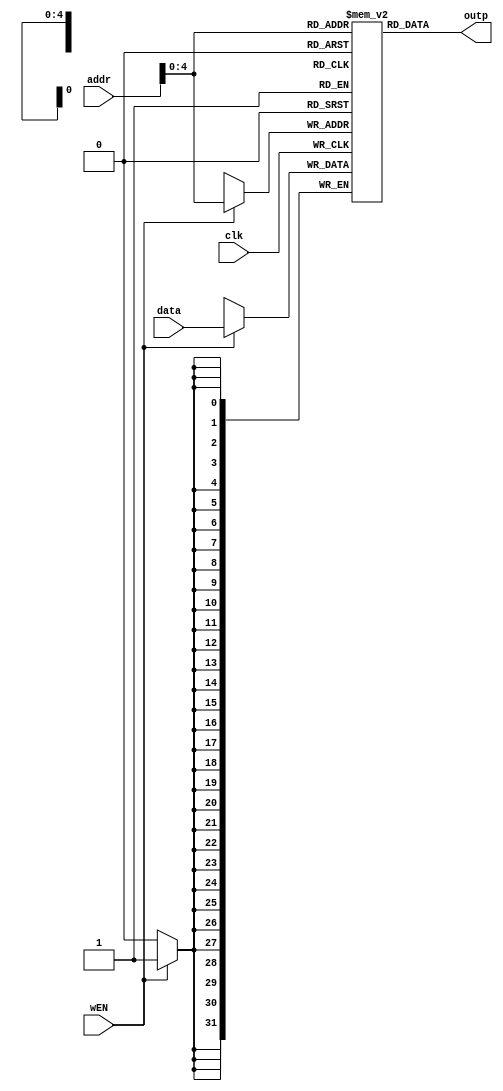
module data_mem(addr,outp,data,wEN,clk);//using 1k * 32bit room
  input [31:0] addr,data;
  output [31:0] outp;
  input wEN,clk;
  
  wire [4:0] addren;//1k room  will use 10 bits addr to find
  reg  [31:0] data_mem [31:0];
  assign addren = addr[4:0];
  assign outp = data_mem [addren];
  always@(negedge clk)
  begin
    if(wEN)
      data_mem [addren] <= data;
  end
endmodule